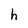
Character: h